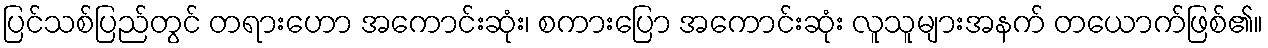
ပြင်သစ်ပြည်တွင် တရားဟော အကောင်းဆုံး၊ စကားပြော အကောင်းဆုံး လူသူများအနက် တယောက်ဖြစ်၏။